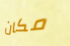
مكان